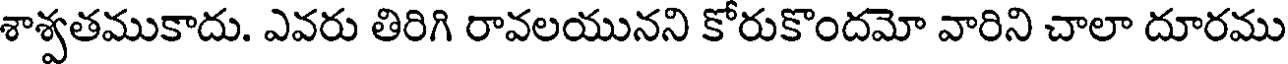
శాశ్వతముకాదు. ఎవరు తిరిగి రావలయునని కోరుకొందమో వారిని చాలా దూరము